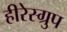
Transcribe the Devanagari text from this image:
हीरेस्ग्रुप